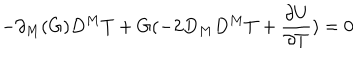
- \partial _ { M } ( G ) D ^ { M } T + G ( - 2 D _ { M } D ^ { M } T + \frac { \partial U } { \partial T } ) = 0